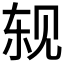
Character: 𬢈